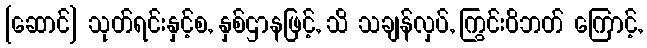
[ဆောင်] သုတ်ရင်းနှင့်စ, နှစ်ဌာနဖြင့်, သိ သချန်လှပ်, ကြွင်းဝိဘတ် ကြောင့်,